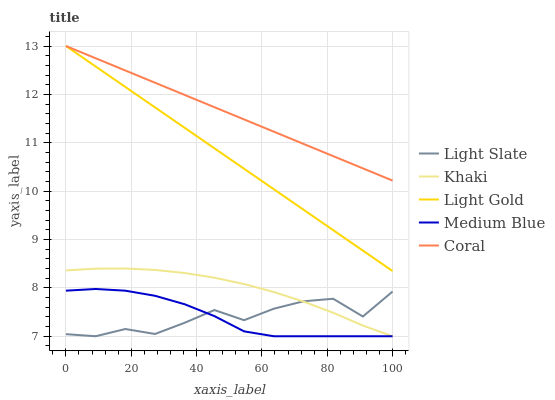
| xaxis_label | Light Slate | Khaki | Light Gold | Medium Blue | Coral |
 | --- | --- | --- | --- | --- | --- |
 | 0 | 7.04 | 8.36 | 13 | 7.94 | 13 |
 | 9.09 | 7 | 8.4 | 12.6 | 7.98 | 12.7 |
 | 18.2 | 7.15 | 8.4 | 12.2 | 7.94 | 12.5 |
 | 27.3 | 7.05 | 8.37 | 11.7 | 7.84 | 12.2 |
 | 36.4 | 7.28 | 8.31 | 11.3 | 7.66 | 12 |
 | 45.5 | 7.54 | 8.21 | 10.9 | 7.42 | 11.7 |
 | 54.5 | 7.33 | 8.08 | 10.5 | 7.1 | 11.5 |
 | 63.6 | 7.57 | 7.92 | 10 | 7 | 11.2 |
 | 72.7 | 7.72 | 7.72 | 9.62 | 7 | 11 |
 | 81.8 | 7.78 | 7.49 | 9.19 | 7 | 10.7 |
 | 90.9 | 7.41 | 7.22 | 8.77 | 7 | 10.5 |
 | 100 | 7.92 | 7 | 8.35 | 7 | 10.2 |